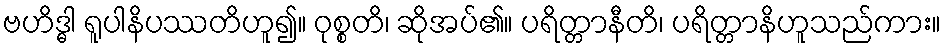
ဗဟိဒ္ဓါ ရူပါနိပဿတိဟူ၍။ ဝုစ္စတိ၊ ဆိုအပ်၏။ ပရိတ္တာနီတိ၊ ပရိတ္တာနိဟူသည်ကား။